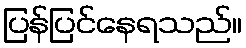
ပြန်ပြင်နေရသည်။